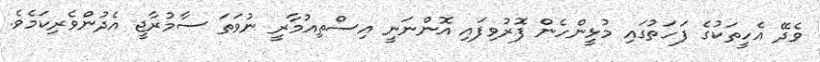
ވެދޭ އެހީތަކުގެ ފަހަތުގައި މުޅީންހެން ފޮރުވިފައި އޮންނަނީ އިސްތިއުމާރީ ނުވަތަ ސާމުރާޖީ އެދުންވެރިކަމެވެ.